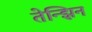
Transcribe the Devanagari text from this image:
तेन्झिन